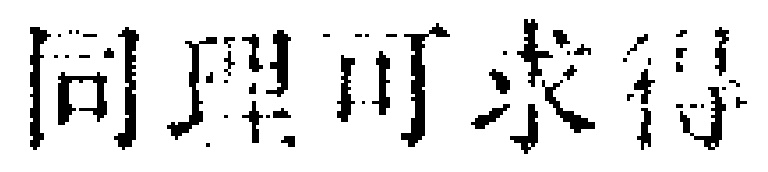
同理可求得